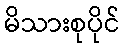
မိသားစုပိုင်